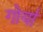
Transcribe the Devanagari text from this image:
गोर्या